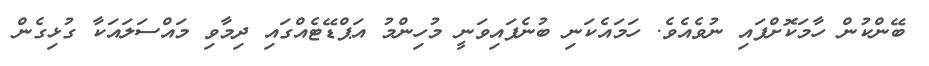
ބޭންކުން ހާމަކޮށްފައި ނުވެއެވެ. ހަމައެކަނި ބުނެފައިވަނީ މުހިންމު އަޕްޑޭޓެއްގައި ދިމާވި މައްސަލައަކާ ގުޅިގެން